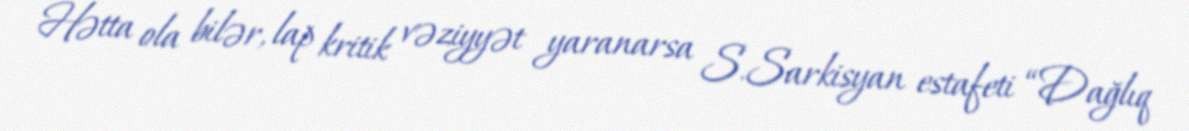
Hətta ola bilər, lap kritik vəziyyət yaranarsa S.Sarkisyan estafeti “Dağlıq